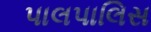
પાલપાલિસ